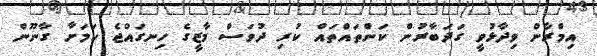
އިމްރާން ވިދާޅުވީ ގަދަބާރުން ކަންތައްތައް ކުރި ދުވަސް މާޒީގެ ހިނގައްޖެ ކަމަށާ ގާނޫން